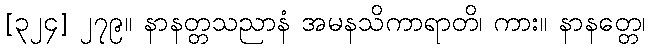
[၃၂၄] ၂၇၉။ နာနတ္တသညာနံ အမနသိကာရာတိ၊ ကား။ နာနတ္တေ၊